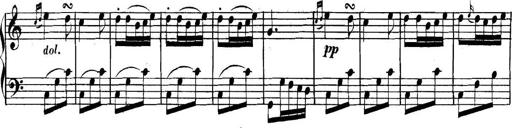
Title: Collected Piano Sonatas
Composer: Muzio Clementi